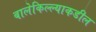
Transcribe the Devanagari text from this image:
बालेकिल्ल्याकडील